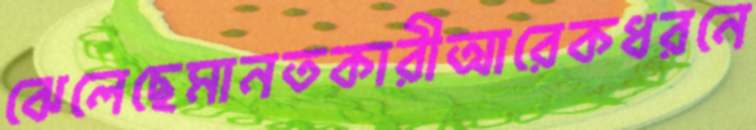
ঝেলেছেমানতকারীআরেকধরনে